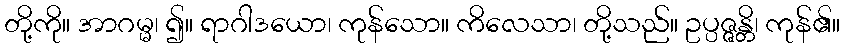
တို့ကို။ အာဂမ္မ၊ ၍။ ရာဂါဒယော၊ ကုန်သော။ ကိလေသာ၊ တို့သည်။ ဥပ္ပဇ္ဇန္တိ၊ ကုန်၏။